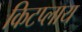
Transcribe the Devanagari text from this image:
किटप्लाय